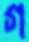
গ